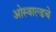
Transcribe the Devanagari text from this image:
ओस्वाल्डचे